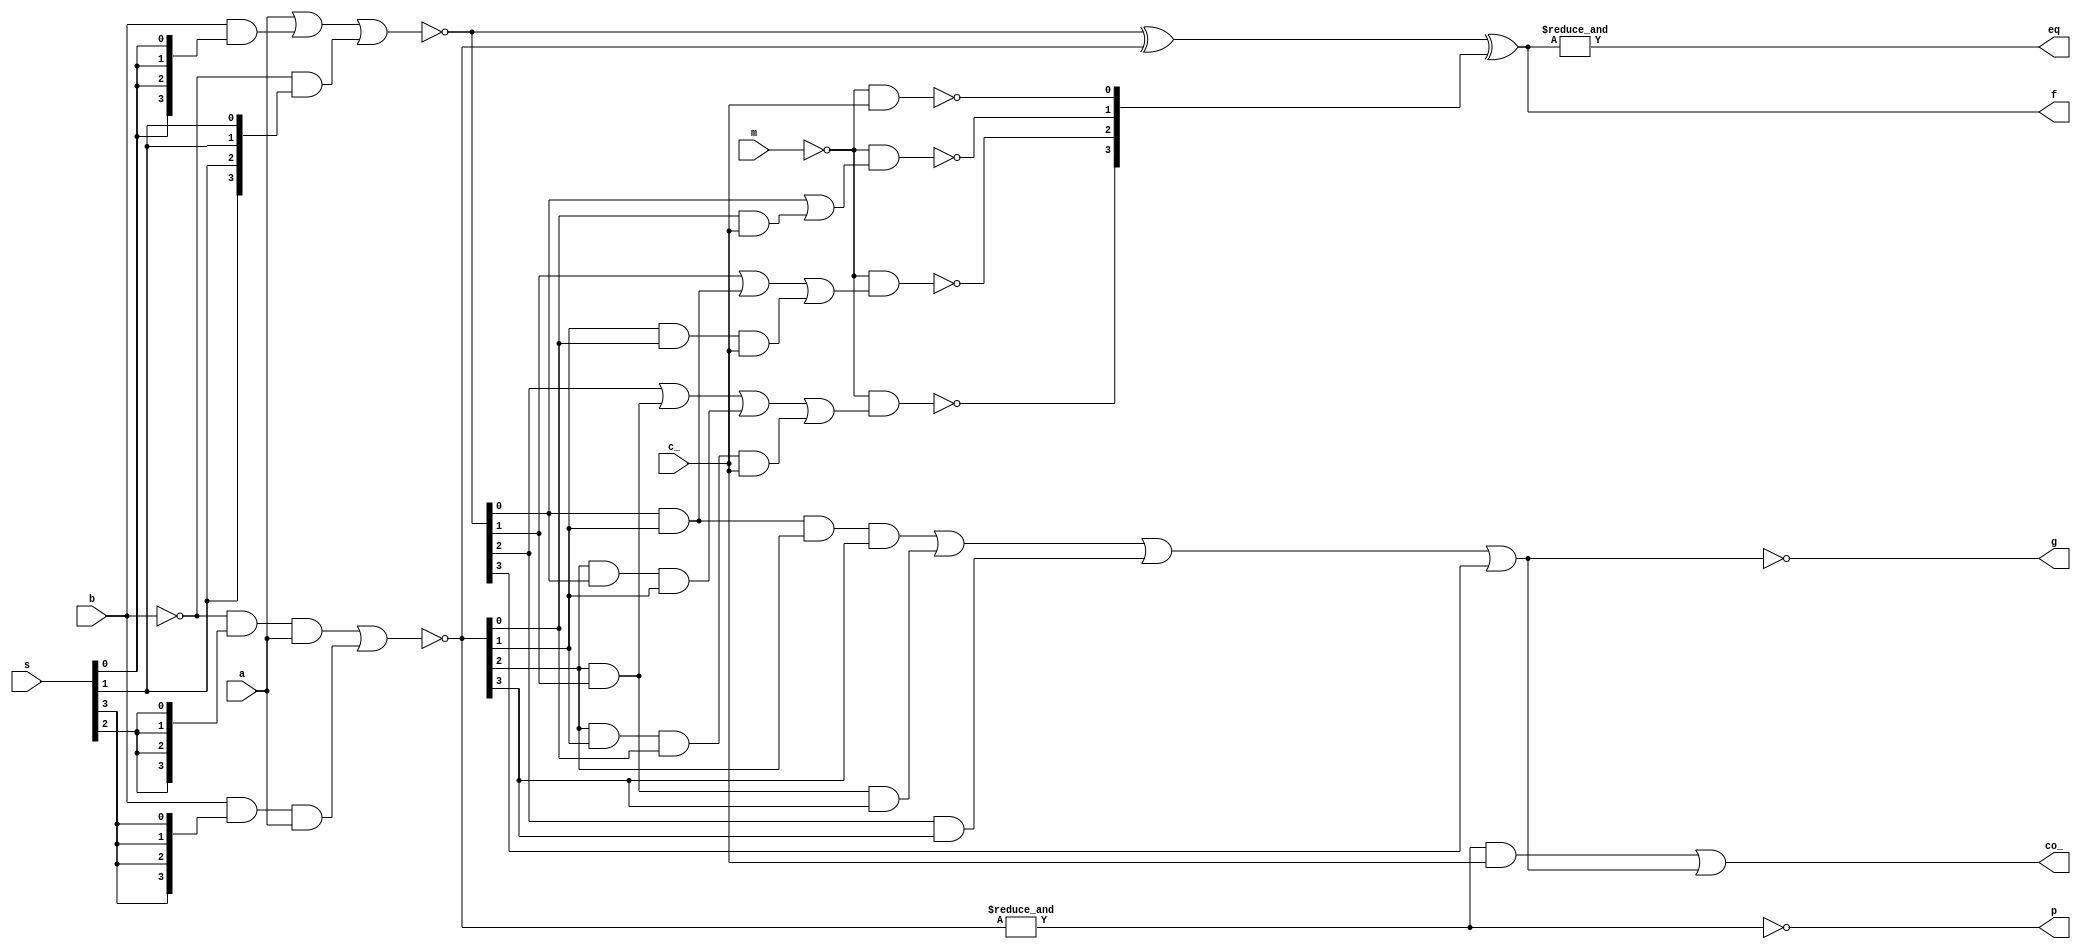
// This program was cloned from: https://github.com/jakubfi/mera400f
// License: GNU General Public License v2.0

//	74181 4-bit ALU

module alu181(
	input [3:0] a, b,
	input m,
	input c_,
	input [3:0] s,
	output [3:0] f,
	output g, p,
	output co_,
	output eq
);

	wire [3:0] s0 = {4{s[0]}};
	wire [3:0] s1 = {4{s[1]}};
	wire [3:0] s2 = {4{s[2]}};
	wire [3:0] s3 = {4{s[3]}};

	wire [3:0] u = ~((a) | (b & s0) | (~b & s1)); // 3 ands
	wire [3:0] v = ~((~b & s2 & a) | (b & s3 & a)); // 2 ands
	wire [3:0] w = u ^ v;

	wire [3:0] z;
	assign z[0] = ~(~m &                                                                        c_);
	assign z[1] = ~(~m & ((u[0]) |                                                      (v[0] & c_)));
	assign z[2] = ~(~m & ((u[1]) |                        (u[0] & v[1]) |        (v[1] & v[0] & c_)));
	assign z[3] = ~(~m & ((u[2]) | (v[2] & u[1]) | (v[2] & u[0] & v[1]) | (v[2] & v[1] & v[0] & c_)));

	assign g = ~((u[0] & v[1] & v[2] & v[3]) | (u[1] & v[2] & v[3]) | (u[2] & v[3]) | (u[3]));

	assign p = ~(&v);
	wire g2 = ~(&v & c_);

	assign co_ = ~g2 | ~g;
	assign f = w ^ z;
	assign eq = &f;

endmodule

// vim: tabstop=2 shiftwidth=2 autoindent noexpandtab